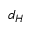
d _ { H }